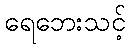
ရေဘေးသင့်